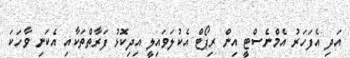
އަދި އެފަހަރު އެމްނެސްޓީ އިން ރިޕޯޓް އެކުލަވައިލީ އިދިކޮޅު ފަރާތްތަކާއި އެކަނި ވާހަކަ